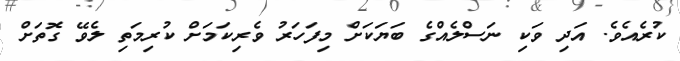
ކުރެއެވެ. އަދި ވަކި ނަސްލެއްގެ ބަޔަކަށް މިފަަހަރު ވެރިކަމަށް ކުރިމަތި ލެވޭ ގޮތަށް